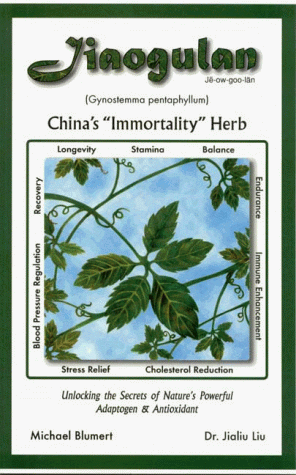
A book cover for Jiaogulan: China's "Immortality Herb"--Unlocking the Secrets of Nature's Powerful Adaptogen and Antioxidant; Dr. Jialiu Liu; Health, Fitness & Dieting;